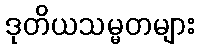
ဒုတိယသမ္မတများ